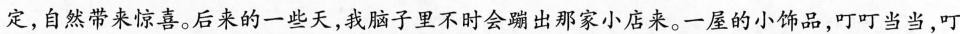
定，自然带来惊喜。后来的一些天，我脑子里不时会蹦出那家小店来。一屋的小饰品，叮叮当当，叮